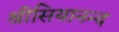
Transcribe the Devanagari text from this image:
श्रीसियानन्द